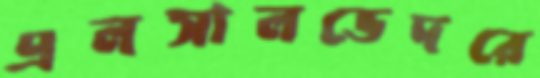
এলসালভেদরে